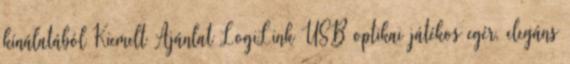
kínálatából Kiemelt Ajánlat LogiLink USB optikai játékos egér, elegáns